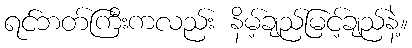
ရင်ဘတ်ကြီးကလည်း နိမ့်ချည်မြင့်ချည်နဲ့။